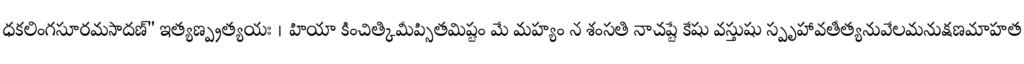
ధకలింగసూరమసాదణ్" ఇత్యణ్ప్రత్యయః । హియా కించిత్కిమీప్సితమిష్టం మే మహ్యం న శంసతి నాచష్టే కేషు వస్తుషు స్పృహావతీత్యనువేలమనుక్షణమాహత